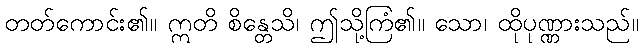
တတ်ကောင်း၏။ ဣတိ စိန္တေသိ၊ ဤသို့ကြံ၏။ သော၊ ထိုပုဏ္ဏားသည်။